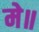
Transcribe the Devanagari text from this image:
मे॥